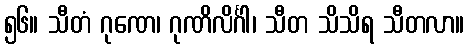
၅၆။ သီတံ ဂုဏေ၊ ဂုဏိလိင်္ဂါ၊ သီတ သိသိရ သီတလာ။